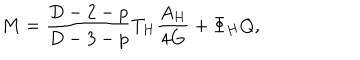
LaTeX: M = \frac { D - 2 - p } { D - 3 - p } T _ { H } \frac { A _ { H } } { 4 G } + \Phi _ { H } Q ,